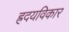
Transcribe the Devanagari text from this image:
ह्रदयविकार